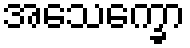
အသေက္ခော